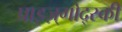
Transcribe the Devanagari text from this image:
प्राइज़्गोद्स्की